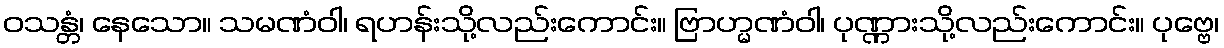
ဝသန္တံ၊ နေသော။ သမဏံဝါ၊ ရဟန်းသို့လည်းကောင်း။ ဗြာဟ္မဏံဝါ၊ ပုဏ္ဏားသို့လည်းကောင်း။ ပုဗ္ဗေ၊